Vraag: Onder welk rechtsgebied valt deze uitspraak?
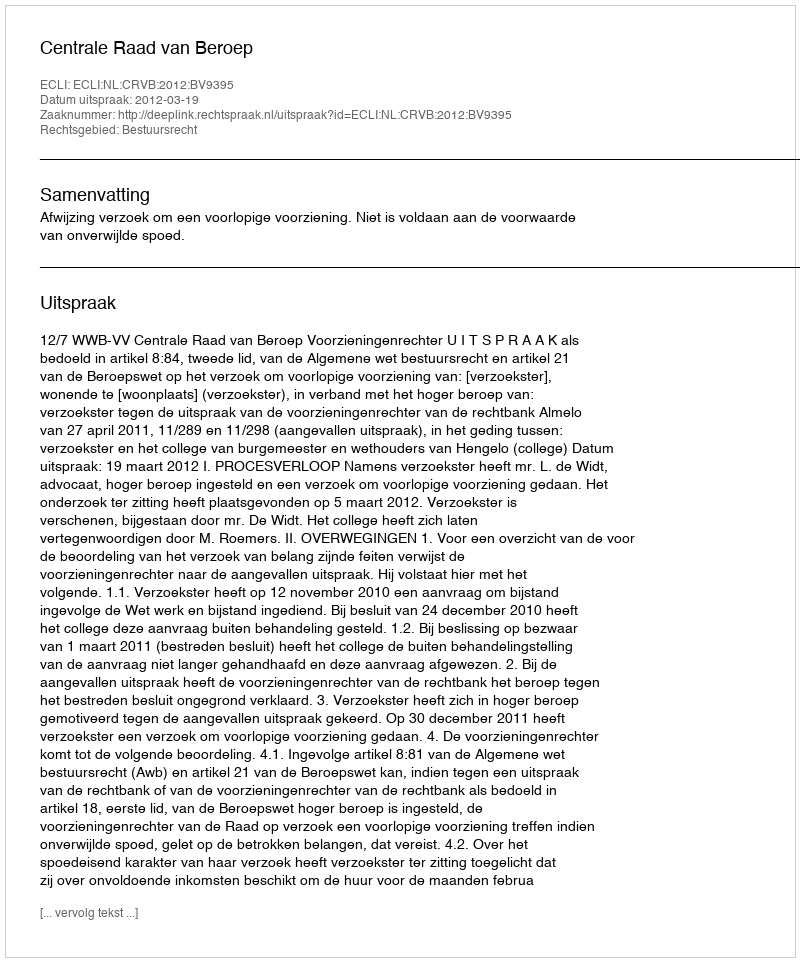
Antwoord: Bestuursrecht